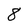
Character: 8